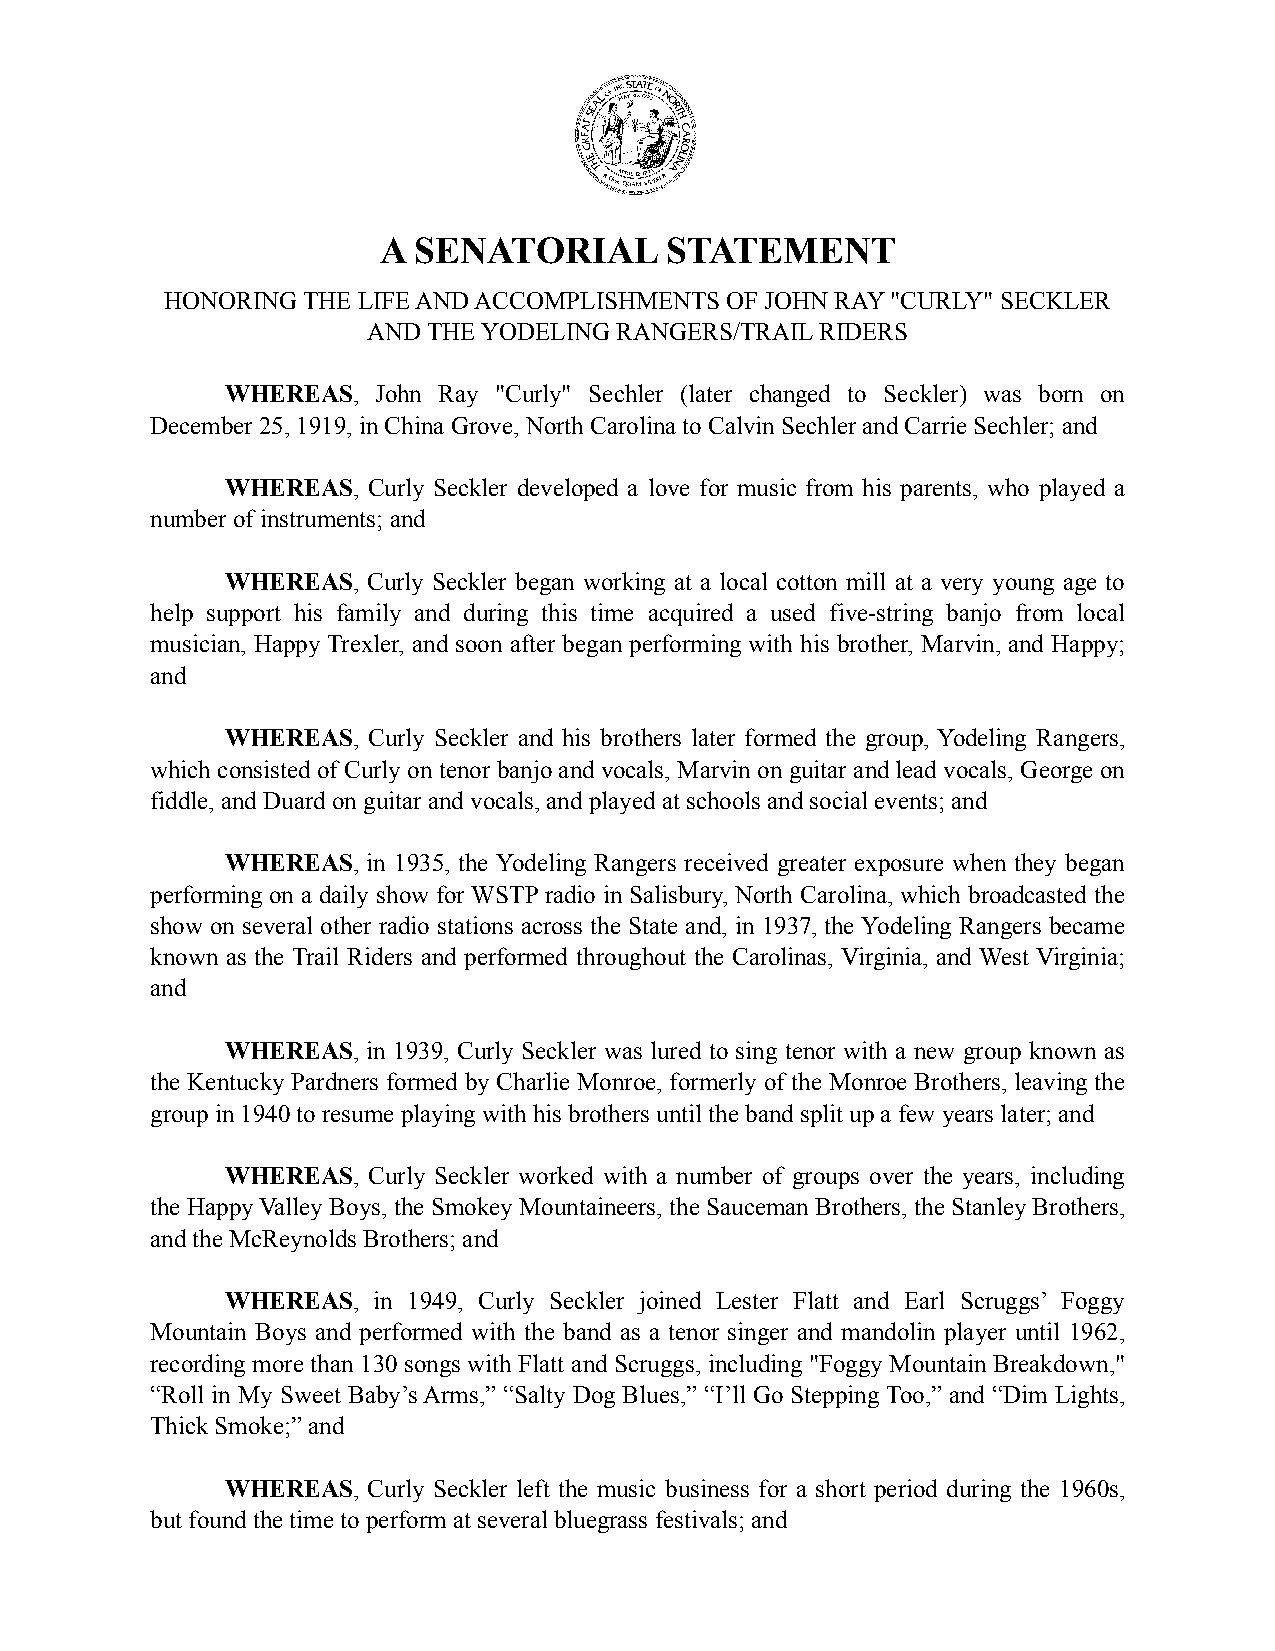
A SENATORIAL       STATEMENT
 HONORING THE LIFE AND ACCOMPLISHMENTS OF JOHN RAY "CURLY" SECKLER
 AND THE YODELING RANGERS/TRAIL RIDERS
 WHEREAS,  John Ray "Curly" Sechler (later changed to Seckler) was born on
 December 25, 1919, in China Grove, North Carolina to Calvin Sechler and Carrie Sechler; and
 WHEREAS, Curly Seckler developed a love for music from his parents, who played a
 number of instruments; and
 WHEREAS, Curly Seckler began working at a local cotton mill at a very young age to
 help support his family and during this time acquired a used five-string banjo from local
 musician, Happy Trexler, and soon after began performing with his brother, Marvin, and Happy;
 and
 WHEREAS, Curly Seckler and his brothers later formed the group, Yodeling Rangers,
 which consisted of Curly on tenor banjo and vocals, Marvin on guitar and lead vocals, George on
 fiddle, and Duard on guitar and vocals, and played at schools and social events; and
 WHEREAS, in 1935, the Yodeling Rangers received greater exposure when they began
 performing on a daily show for WSTP radio in Salisbury, North Carolina, which broadcasted the
 show on several other radio stations across the State and, in 1937, the Yodeling Rangers became
 known as the Trail Riders and performed throughout the Carolinas, Virginia, and West Virginia;
 and
 WHEREAS, in 1939, Curly Seckler was lured to sing tenor with a new group known as
 the Kentucky Pardners formed by Charlie Monroe, formerly of the Monroe Brothers, leaving the
 group in 1940 to resume playing with his brothers until the band split up a few years later; and
 WHEREAS, Curly Seckler worked with a number of groups over the years, including
 the Happy Valley Boys, the Smokey Mountaineers, the Sauceman Brothers, the Stanley Brothers,
 and the McReynolds Brothers; and
 WHEREAS,  in 1949, Curly Seckler joined Lester Flatt and Earl Scruggs’ Foggy
 Mountain Boys and performed with the band as a tenor singer and mandolin player until 1962,
 recording more than 130 songs with Flatt and Scruggs, including "Foggy Mountain Breakdown,"
 “Roll in My Sweet Baby’s Arms,” “Salty Dog Blues,” “I’ll Go Stepping Too,” and “Dim Lights,
 Thick Smoke;” and
 WHEREAS, Curly Seckler left the music business for a short period during the 1960s,
 but found the time to perform at several bluegrass festivals; and